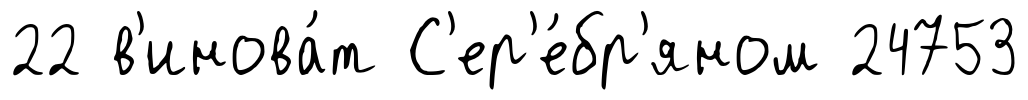
22 в'инова́т С'ер'е́бр'яном 24753